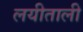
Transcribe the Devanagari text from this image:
लयीताली